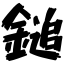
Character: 鎚